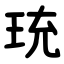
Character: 珫